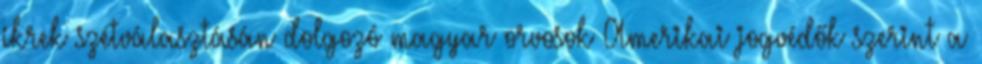
ikrek szétválasztásán dolgozó magyar orvosok Amerikai jogvédők szerint a